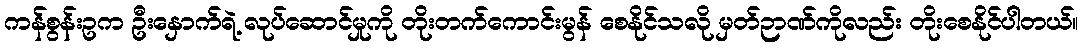
ကန်စွန်းဥက ဦးနှောက်ရဲ့ လုပ်ဆောင်မှုကို တိုးတက်ကောင်းမွန် စေနိုင်သလို မှတ်ဉာဏ်ကိုလည်း တိုးစေနိုင်ပါတယ်။